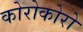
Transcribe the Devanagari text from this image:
कोरोकोरो